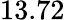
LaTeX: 13.72